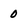
Character: 0